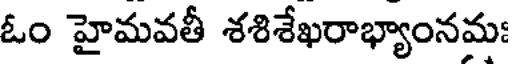
ఓం హైమవతీ శశిశేఖరాభ్యాంనమః